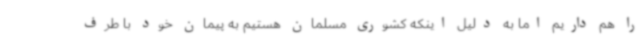
را هم داریم اما به دلیل اینکه کشوری مسلمان هستیم به پیمان خود با طرف